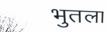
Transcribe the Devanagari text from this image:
भुतला